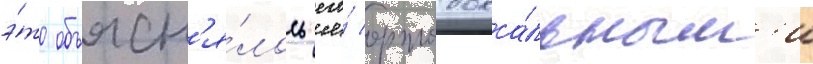
э́то объясн'я́лось его́ ортодокса́льным'и